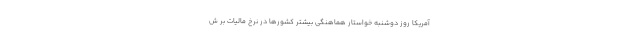
آمریکا روز دوشنبه خواستار هماهنگی بیشتر کشورها در نرخ مالیات بر ش